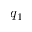
q _ { 1 }